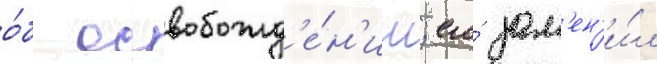
о́б освобожд'е́н'ии; его́ зам'ен'и́л